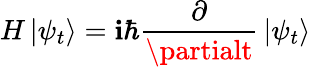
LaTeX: H\left|\psi_{t}\right\rangle=\mathbf{i}\hbar{\frac{{\partial}}{{\partialt}}}\left|\psi_{t}\right\rangle